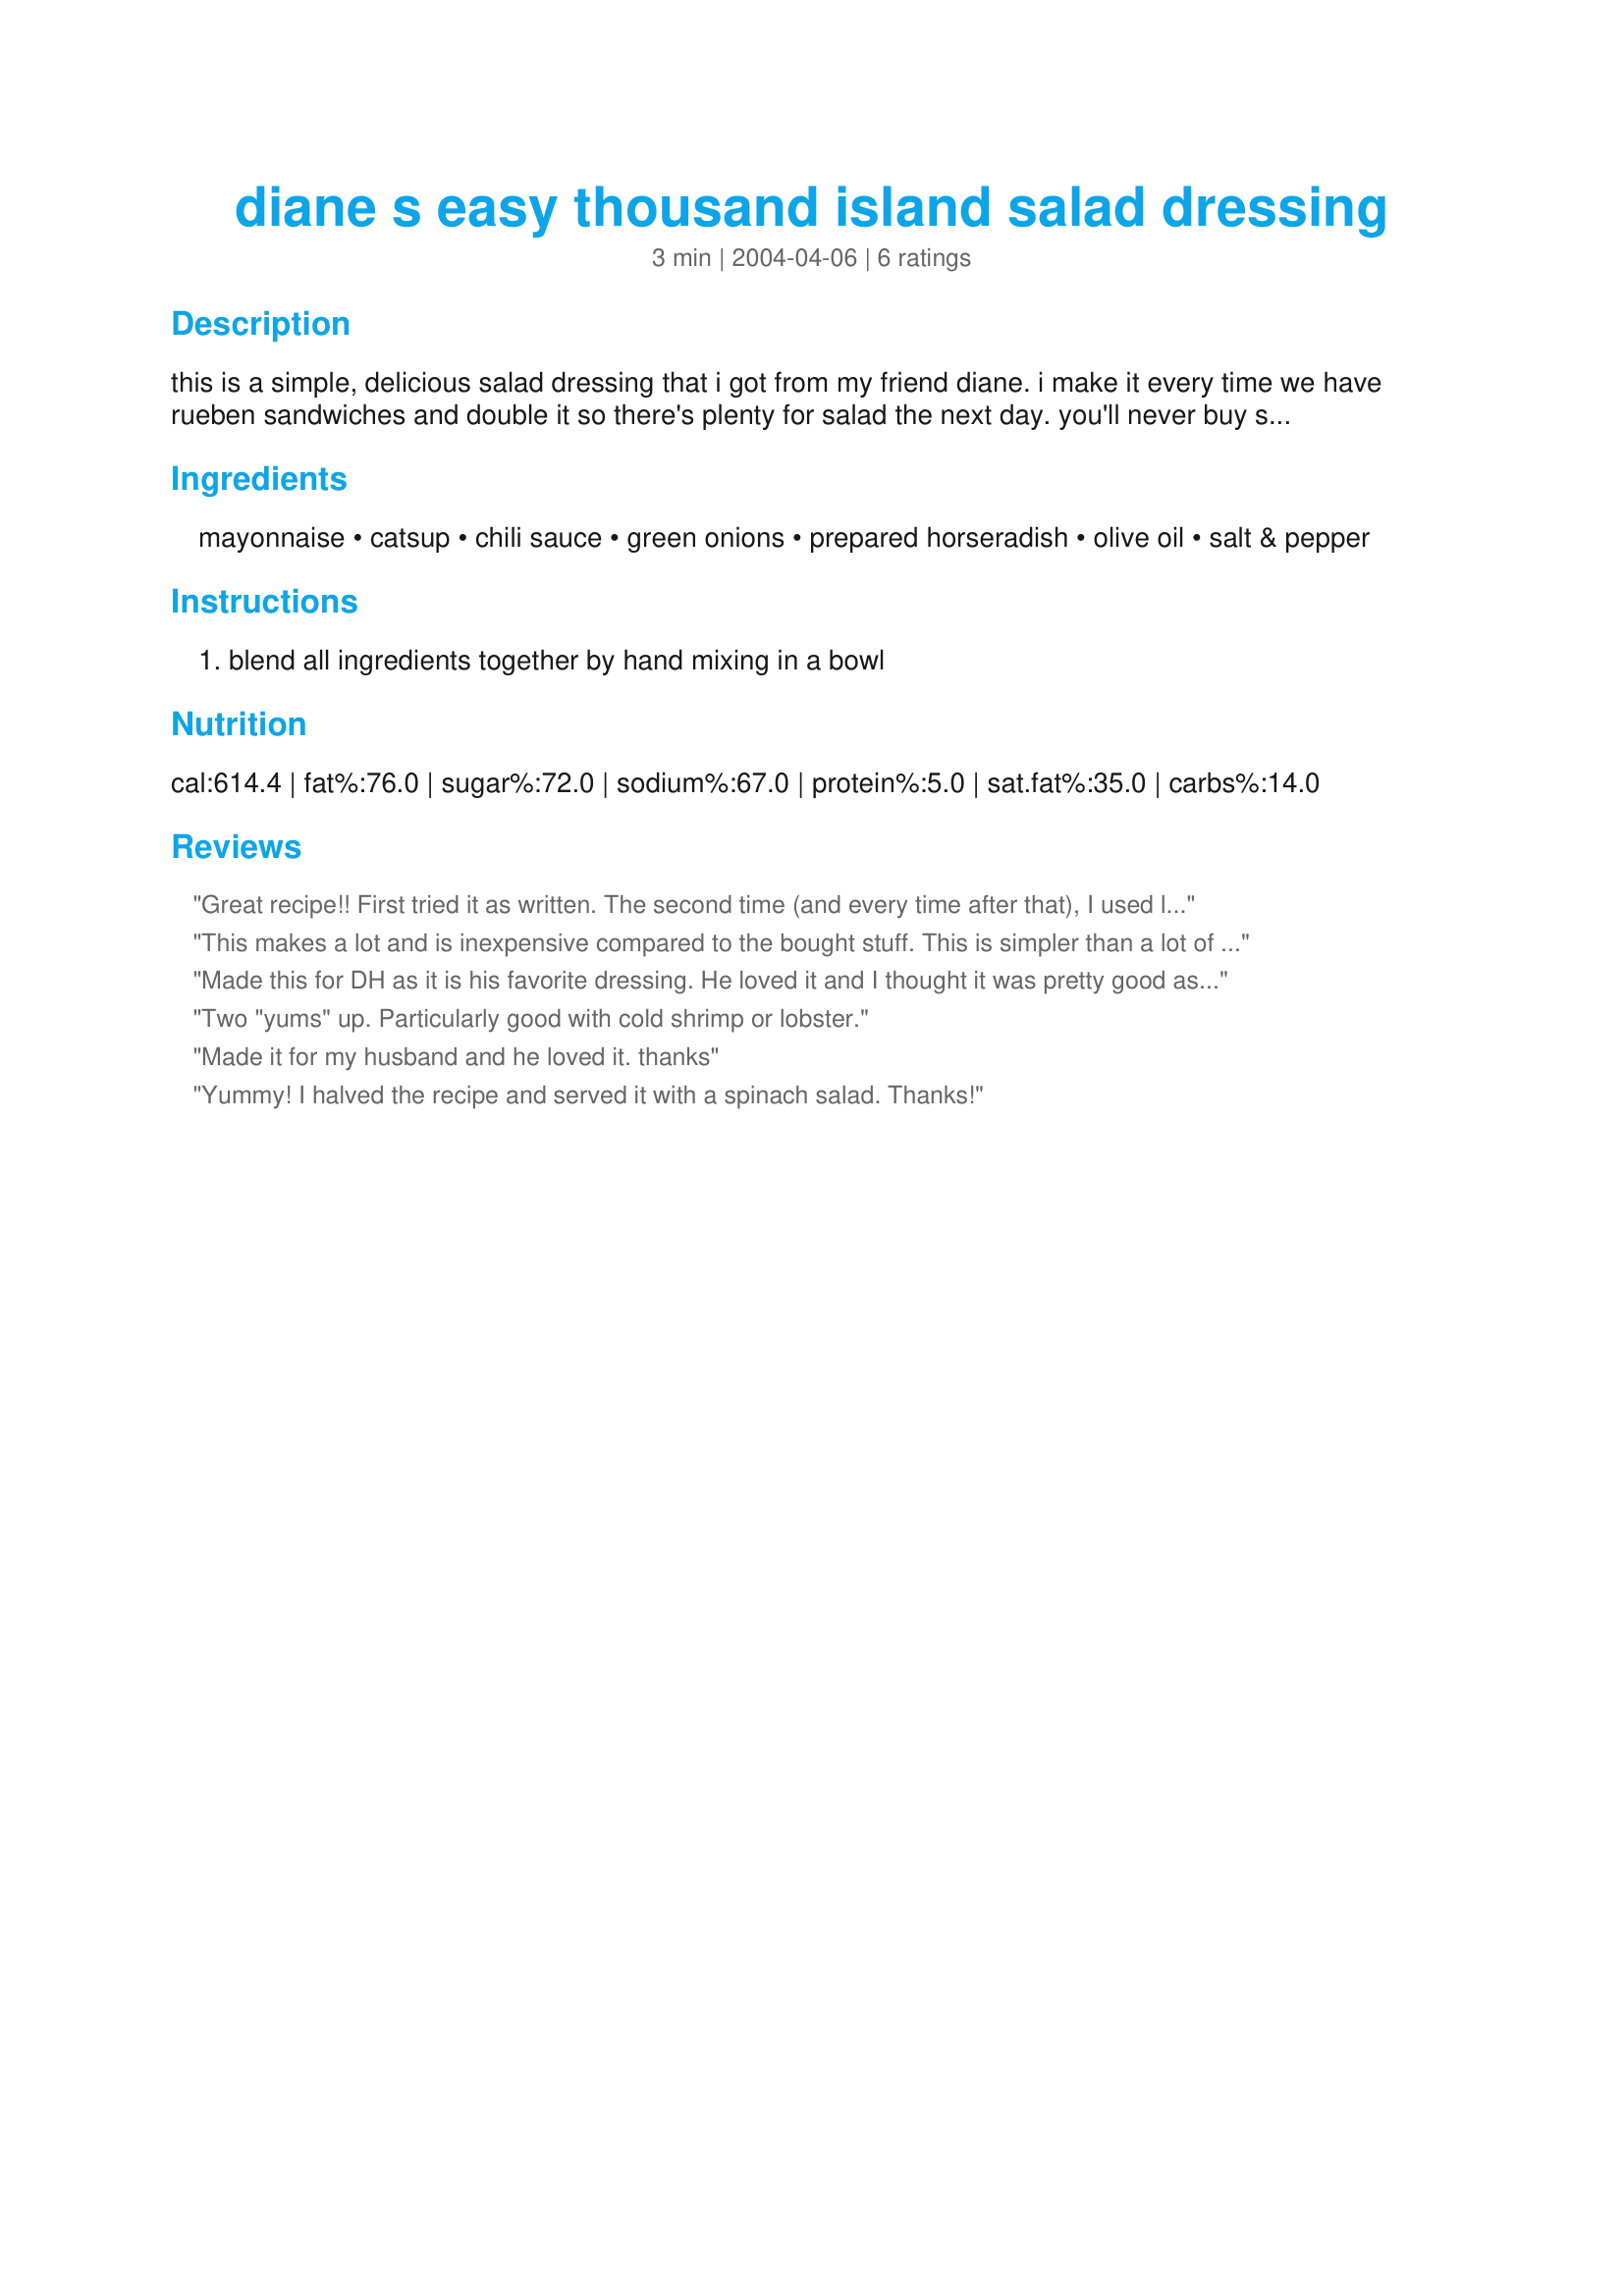
diane s easy thousand island salad dressing
Preparation time: 3 minutes

this is a simple, delicious salad dressing that i got from my friend diane. i make it every time we have rueben sandwiches and double it so there's plenty for salad the next day. you'll never buy store bought again after trying this easy recipe. as with most recipes, this tastes better the next day after flavors blend.

Ingredients:
mayonnaise, catsup, chili sauce, green onions, prepared horseradish, olive oil, salt & pepper

Steps:
blend all ingredients together by hand mixing in a bowl

Reviews:
Great recipe!! First tried it as written. The second time (and every time after that), I used lowfat mayo, subbed dill relish for the green onion, and omitted the olive oil. Lower fat and tasty! Thanks!
This makes a lot and is inexpensive compared to the bought stuff. This is simpler than a lot of other thousand island recipes but that is what makes it good.
Made this for DH as it is his favorite dressing. He loved it and I thought it was pretty good as well. Will make this often. Much better than the bottled stuff! Thanks for posting this Claudia. Made for Zaar Cookbooks Tag.
Two "yums" up. Particularly good with cold shrimp or lobster.
Made it for my husband and he loved it. thanks
Yummy! I halved the recipe and served it with a spinach salad. Thanks!
